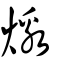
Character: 燩